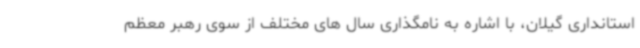
استانداری گیلان، با اشاره به نامگذاری سال های مختلف از سوی رهبر معظم